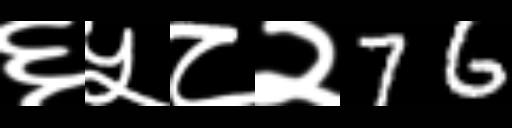
Text: ६५८२76